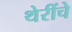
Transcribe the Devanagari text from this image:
थेरींचे